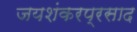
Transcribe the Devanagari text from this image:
जयशंकरप्रसाद